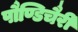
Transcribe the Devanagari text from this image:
पौण्डिचैरी